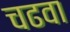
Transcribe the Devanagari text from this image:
चढवा